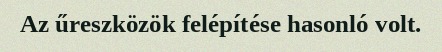
Az űreszközök felépítése hasonló volt.